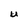
Character: U